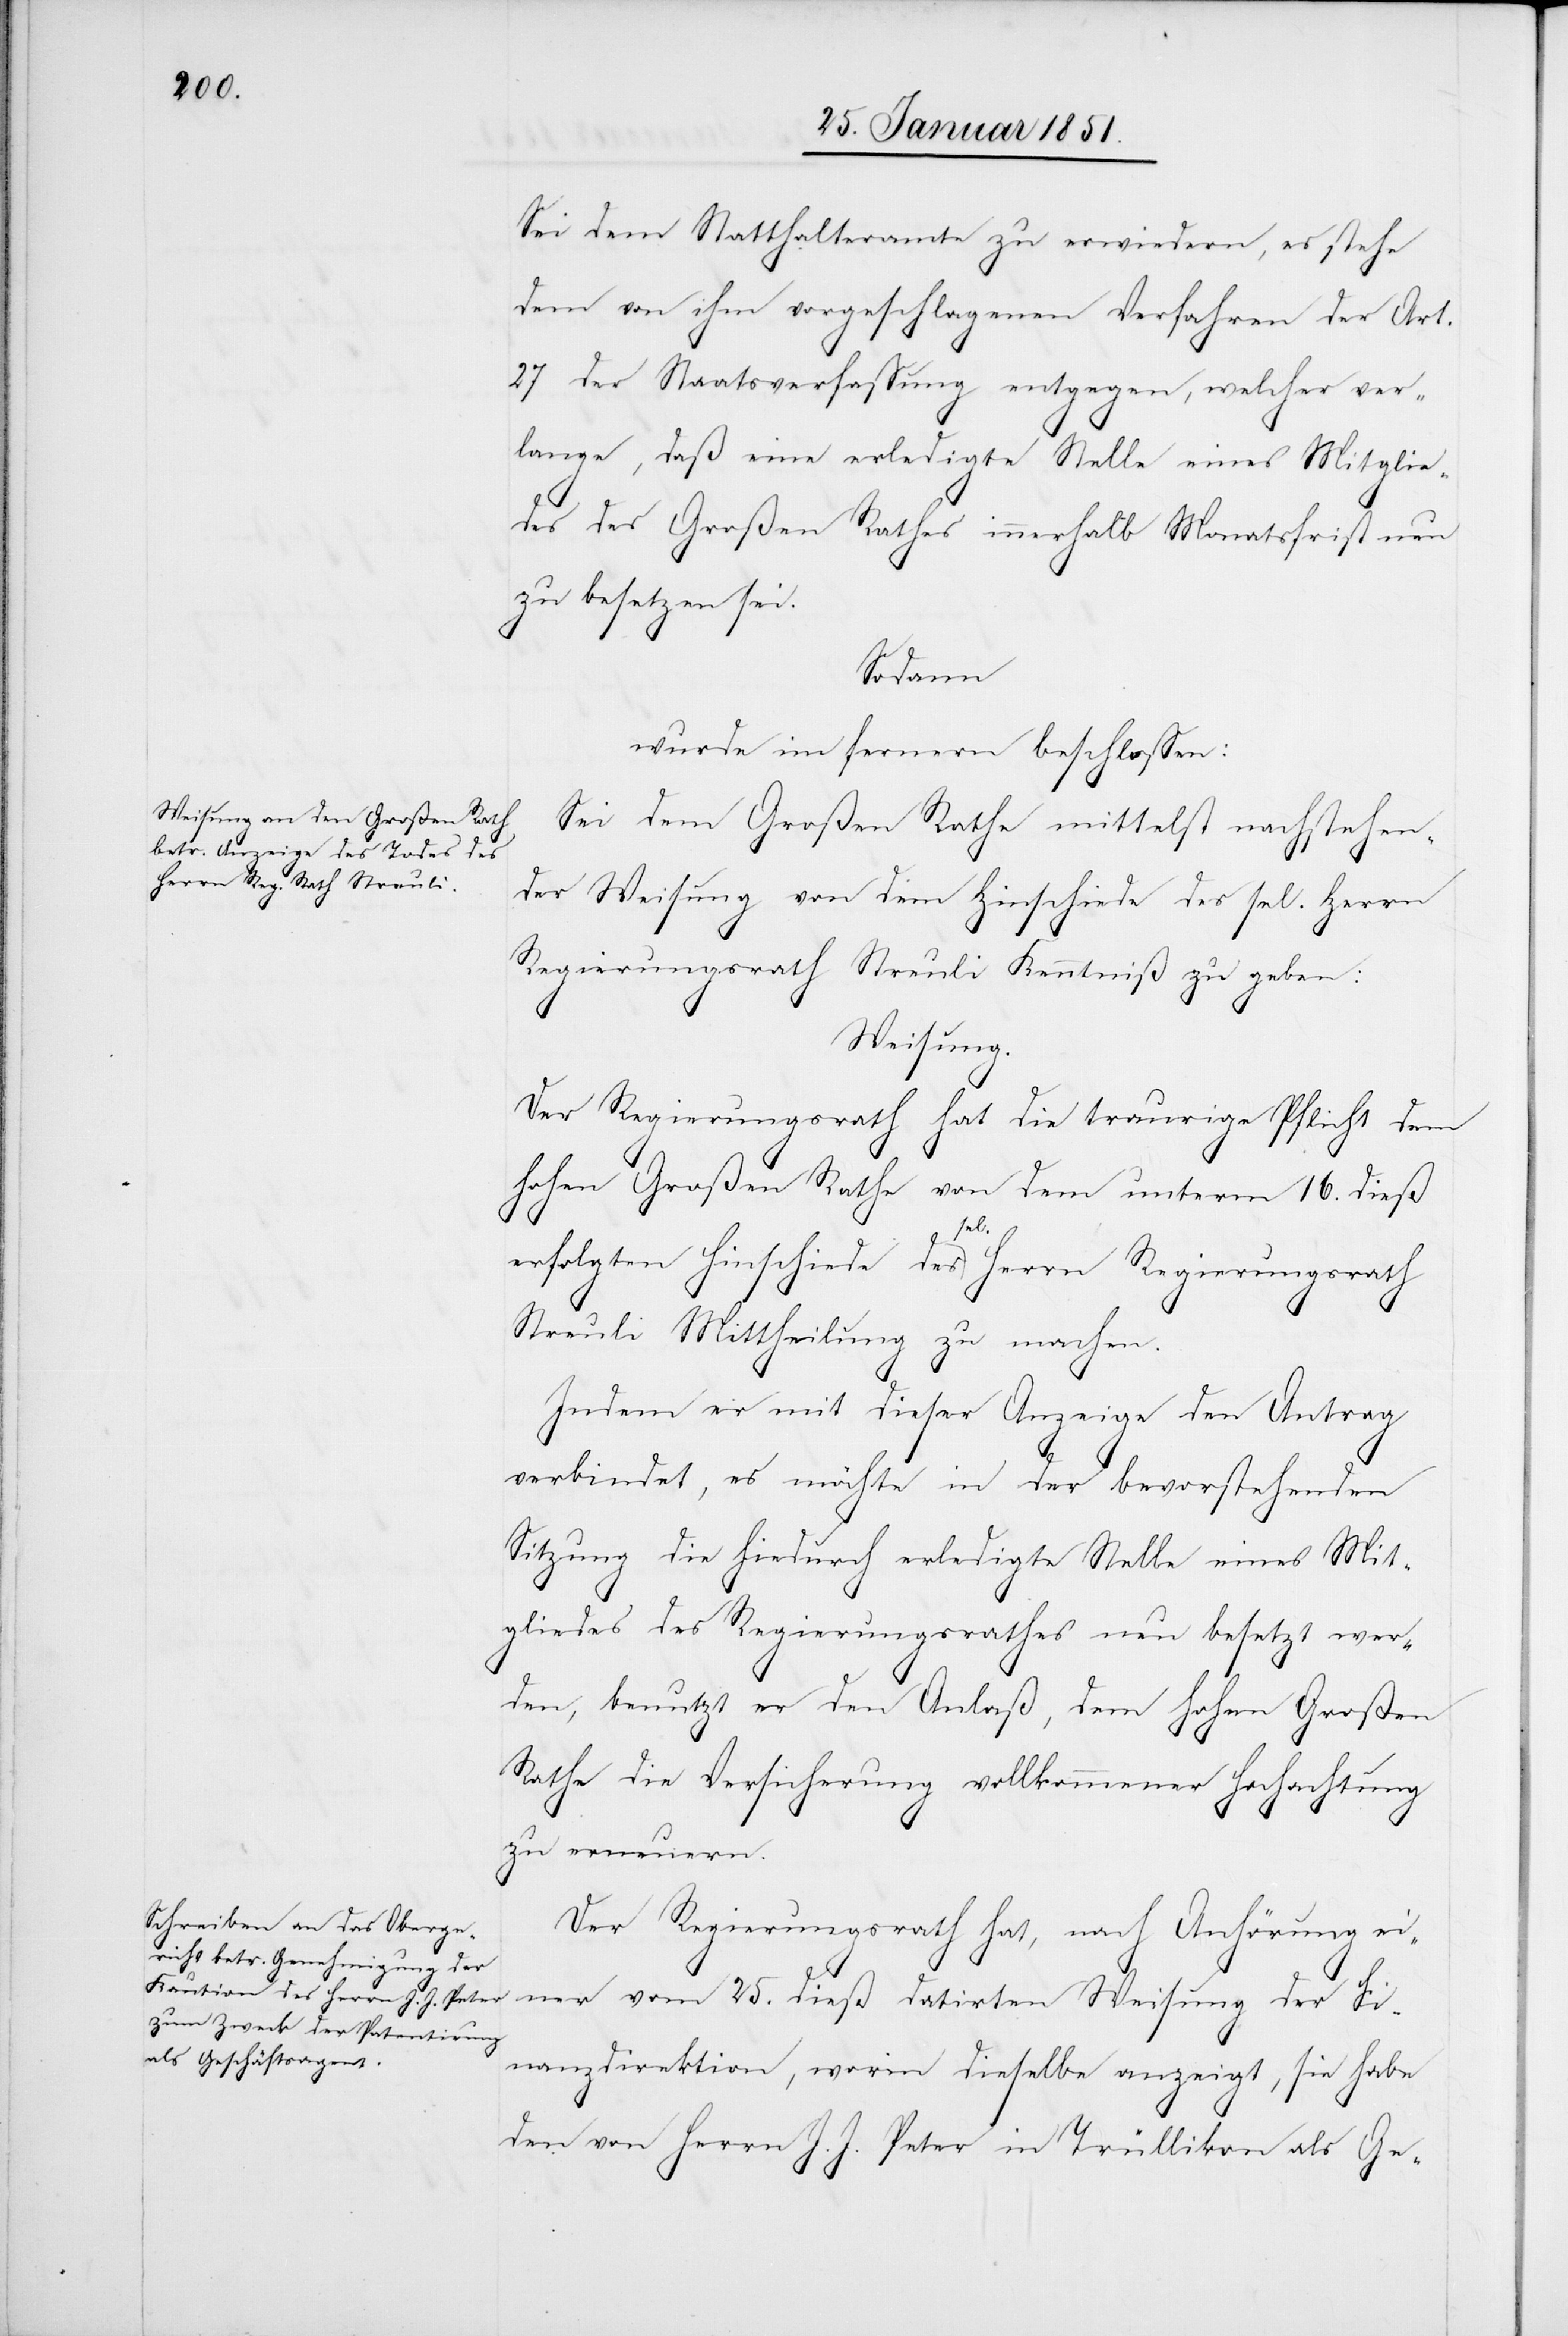
Sei dem Statthalteramte zu erwiedern, es stehe
dem von ihm vorgeschlagenen Verfahren der Art.
27 der Staatsverfassung entgegen, welcher ver¬
lange, daß eine erledigte Stelle eines Mitglie¬
des des Großen Rathes innerhalb Monatsfrist neu
zu besetzen sei.
Sodann
wurde im fernern beschlossen:
Sei dem Großen Rathe mittelst nachstehen¬
der Weisung von dem Hinschiede des sel. Herrn
Regierungsrath Streuli Kenntniß zu geben:
Weisung.
Der Regierungsrath hat die traurige Pflicht dem
hohen Großen Rathe von dem unterm 16. dieß
erfolgten Hinschiede des sel. Herrn Regierungsrath
Streuli Mittheilung zu machen.
Indem er mit dieser Anzeige den Antrag
verbindet, es möchte in der bevorstehenden
Sitzung die hiedurch erledigte Stelle eines Mit¬
gliedes des Regierungsrathes neu besetzt wer¬
den, benutzt er den Anlaß, dem hohen Großen
Rathe die Versicherung vollkommener Hochachtung
zu erneuern.
Der Regierungsrath hat, nach Anhörung ei¬
ner vom 25. dieß datirten Weisung der Fi¬
nanzdirektion, worin dieselbe anzeigt, sie habe
den von Herrn J. J. Peter in Trüllikon als Ge-